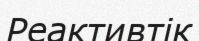
Реактивтік